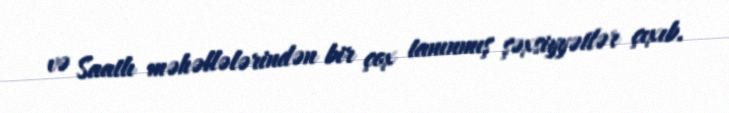
və Saatlı məhəllələrindən bir çox tanınmış şəxsiyyətlər çıxıb.